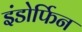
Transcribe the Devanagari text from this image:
इंडोर्फिन